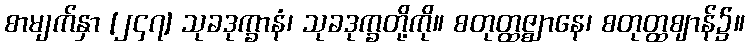
စာမျက်နှာ [၂၄၇] သုခဒုက္ခာနံ၊ သုခဒုက္ခတို့ကို။ စတုတ္ထဇ္ဈာနေ၊ စတုတ္ထဈာန်၌။